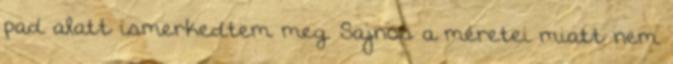
pad alatt ismerkedtem meg. Sajnos a méretei miatt nem